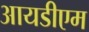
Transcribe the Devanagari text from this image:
आयडीएम